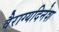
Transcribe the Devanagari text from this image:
वैराग्यदिनेश